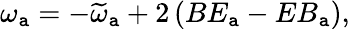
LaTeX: \omega_{\mathtt{a}}=-\widetilde{{\omega}}_{\mathtt{a}}+2\left(BE_{\mathtt{a}}-EB_{\mathtt{a}}\right),